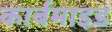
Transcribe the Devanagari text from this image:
कार्बमाइड